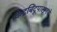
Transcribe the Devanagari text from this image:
केंद्रबिंदूपासूनचे